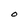
Character: O